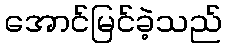
အောင်မြင်ခဲ့သည်